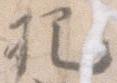
把